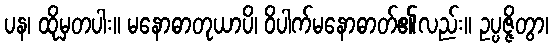
ပန၊ ထိုမှတပါး။ မနောဓာတုယာပိ၊ ဝိပါက်မနောဓာတ်၏လည်း။ ဥပ္ပဇ္ဇိတွာ၊